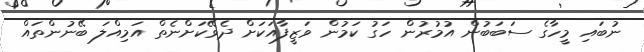
ނުބައި މީހާގެ ސަބަބުން އުމުރުން ހަގު ކަމުން ވަޒީފާއަކަށް ދެވޭކަށްނެތް އަމިއްލަ ބޭނުންތައް